Trukikaitis_Postimees, lk 79
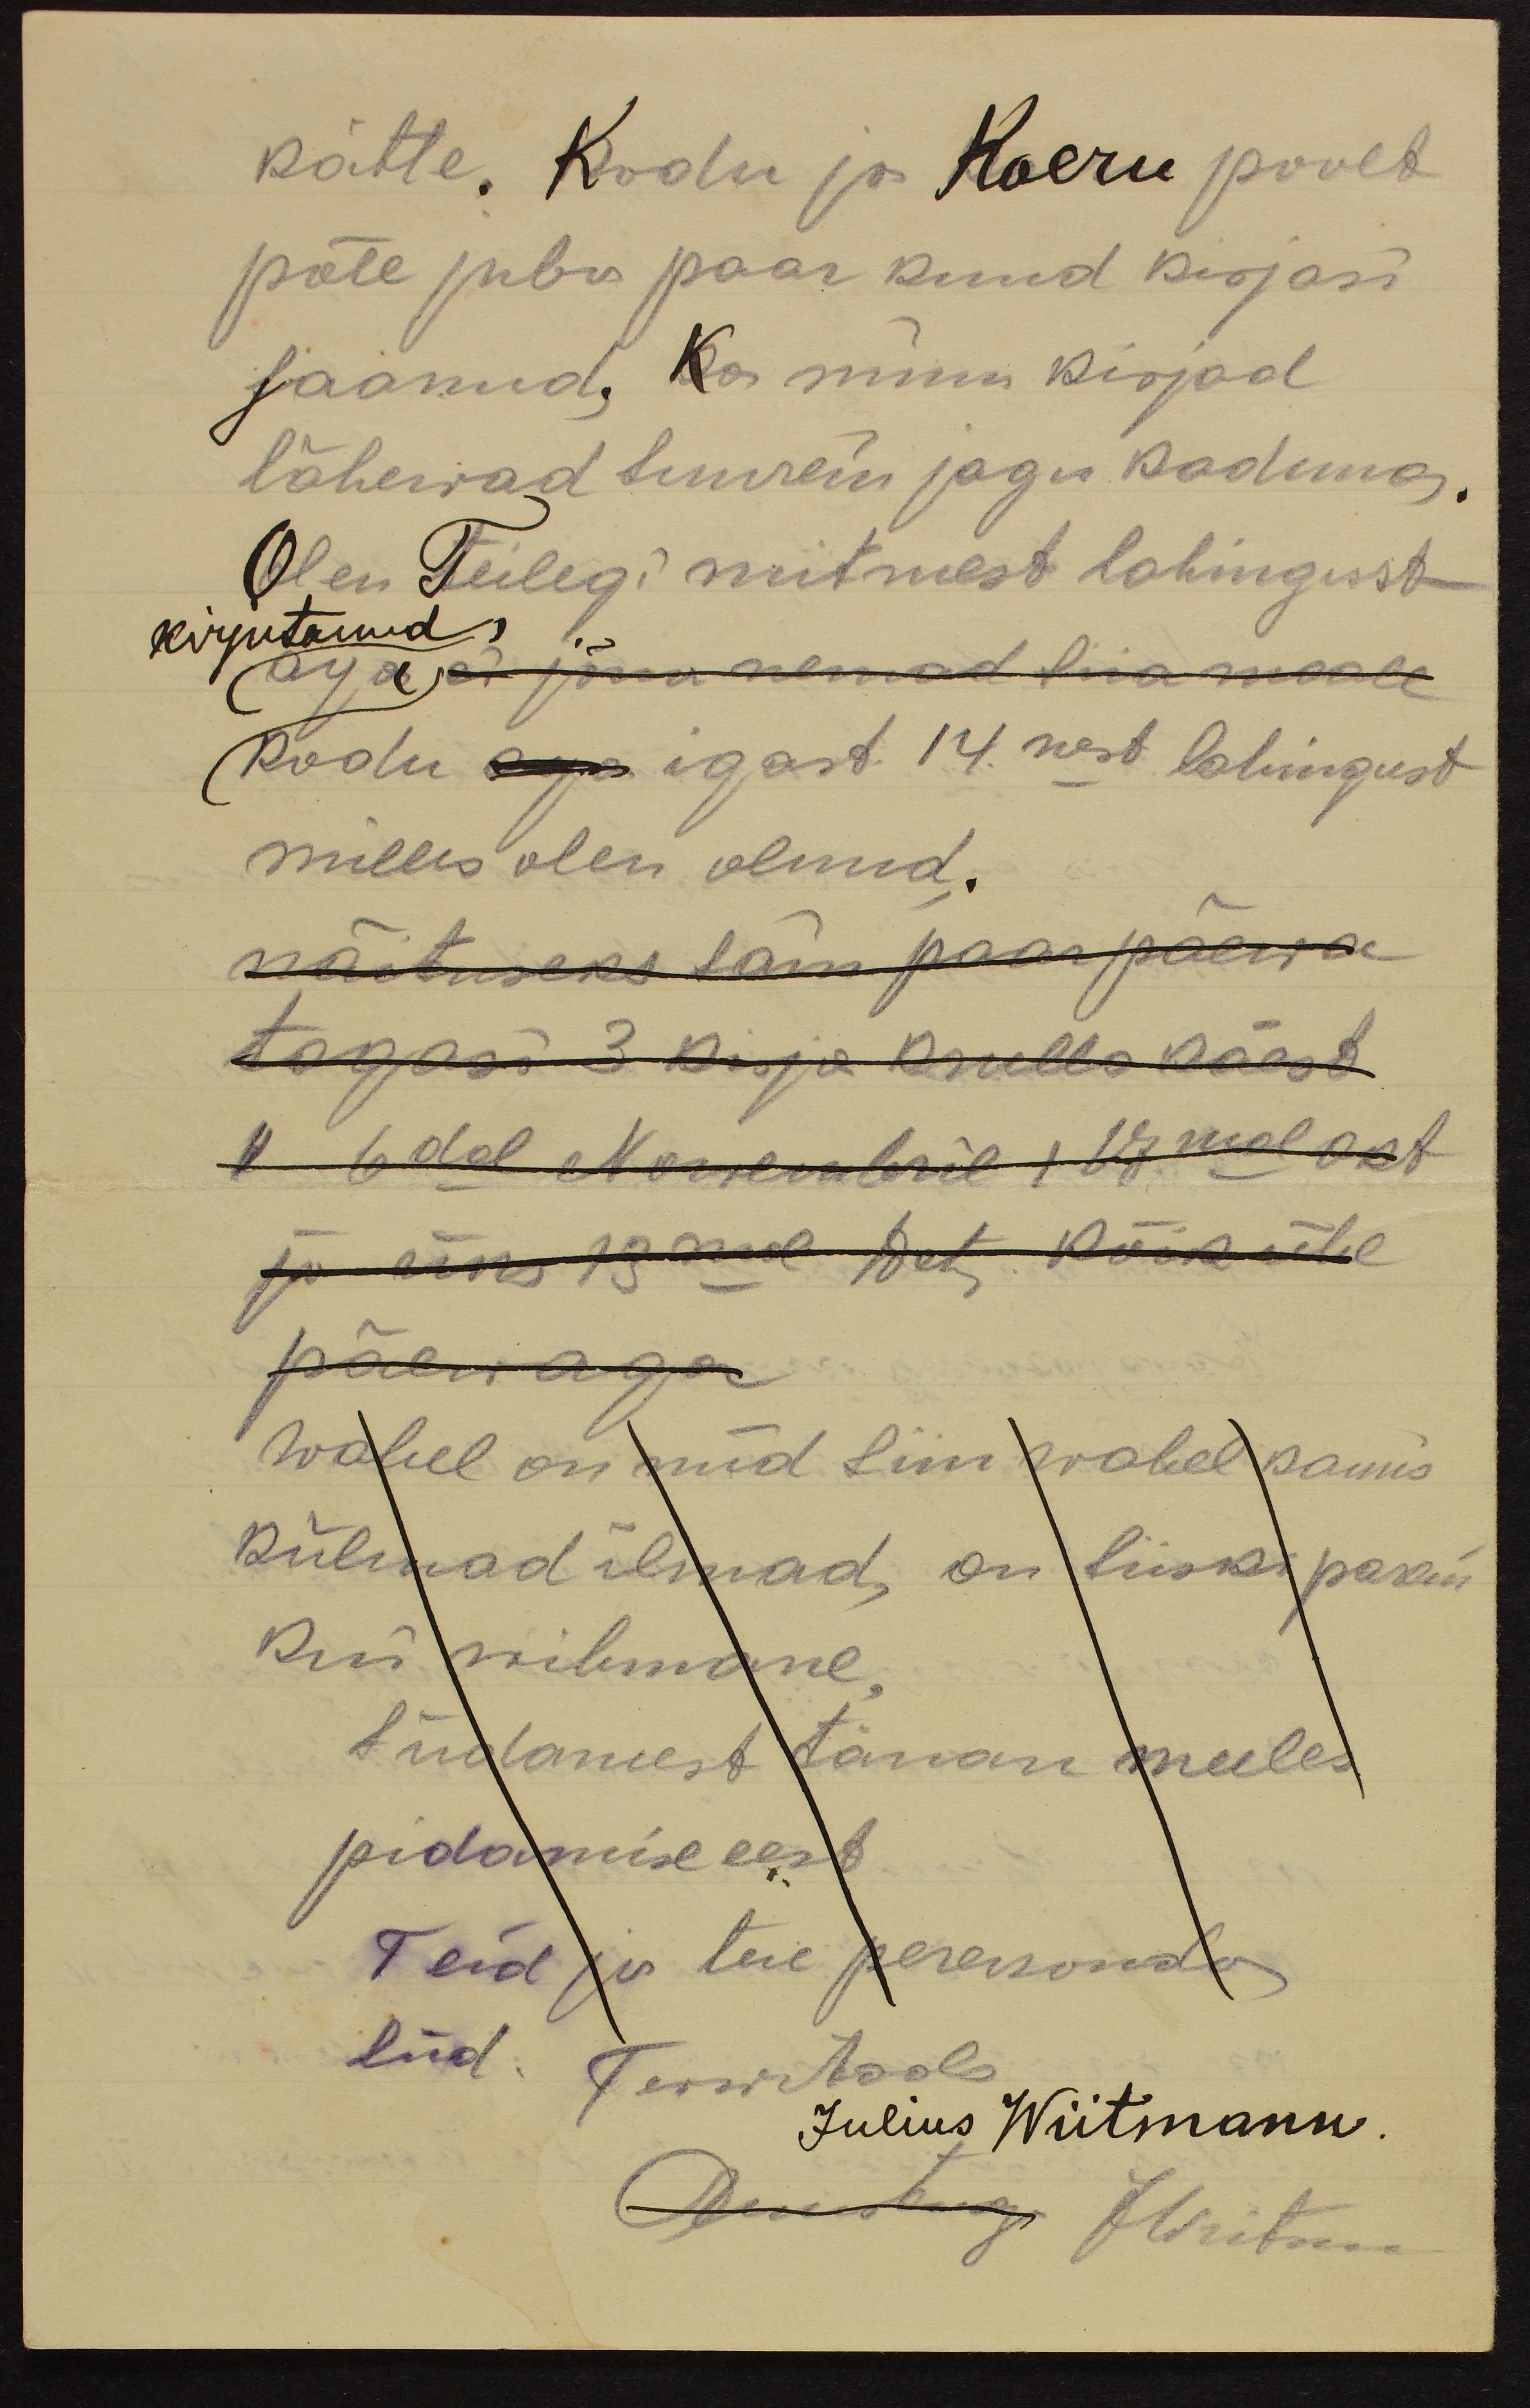
kätte. Kodu ja Koeru poolt
põle juba paar kuud kirjasi
saanud, Ka minu kirjad
lähewad suurem jagu kaduma.
Olen Teilegi mitmest lahingust
kirjutanud
aga ei jõua nemad siia maale
Kodu aga igast 14. nest lahingust
milles olen olnud.
näituseks sain paar päewa
tagasi 3 kirja Isulla käest
6dal Nowembril, 17mal okt
ja üks 13mal Dets. Kõik ühe
päewaga
Wahel on nüd siin wahel kaunis
külmad ilmad, on siiski parem
kui wihmane
Südamest tänan meeles
pidamise eest
Teid ja teie perekonda
süd. Terwitades
Julius Wiitmann.
Revesbergi JMoitsoni